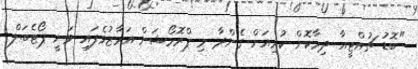
"ބޮޑު ޗުއްޓީއާ ދިމާކޮށް ކުރިއަށް ގެންދާ މި ޕްރޮމޯޝަން އަމާޒުވެފައި ވަނީ ޕޯޓެބަލް